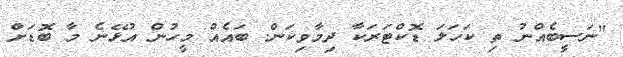
"ނަސީބެއްނު ތި ކަހަލަ ޑޮކްޓަރަކާ ދިމާވިކަން. ބައެއް މީހުން އުޅޭނެ މާ ބޮޑަށް